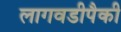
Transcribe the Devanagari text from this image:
लागवडीपैकी